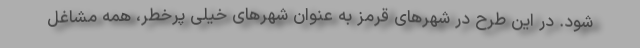
شود. در این طرح در شهرهای قرمز به عنوان شهرهای خیلی پرخطر، همه مشاغل